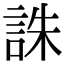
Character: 誅